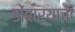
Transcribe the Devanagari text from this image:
डोंबार्‍याचा